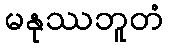
မနုဿဘူတံ